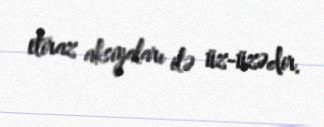
etiraz aksiyaları ilə üz-üzədir.